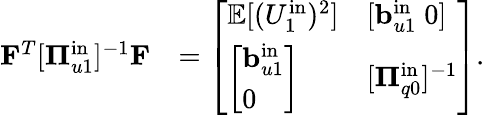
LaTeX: \begin{array}{rl}{\mathbf{F}^{T}[\boldsymbol{\Pi}_{u1}^{\mathrm{in}}]^{-1}\mathbf{F}}&{=\left[\begin{array}{ll}{\mathbb{E}[(U_{1}^{\mathrm{in}})^{2}]}&{[\mathbf{b}_{u1}^{\mathrm{in}}\; 0]}\\ {\left[\begin{array}{l}{\mathbf{b}_{u1}^{\mathrm{in}}}\\ {0}\end{array}\right]}&{[\boldsymbol{\Pi}_{q0}^{\mathrm{in}}]^{-1}}\end{array}\right].}\end{array}